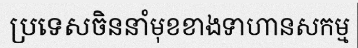
ប្រទេសចិននាំមុខខាងទាហានសកម្ម